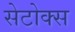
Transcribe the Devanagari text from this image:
सेटोक्स